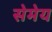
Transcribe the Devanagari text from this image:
सेमेय